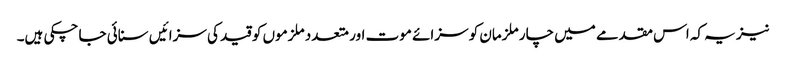
نیز یہ کہ اس مقدمے میں چار ملزمان کو سزائے موت اور متعدد ملزموں کو قید کی سزائیں سنائی جا چکی ہیں۔